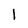
Character: l